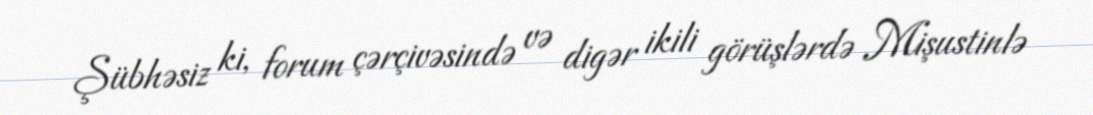
Şübhəsiz ki, forum çərçivəsində və digər ikili görüşlərdə Mişustinlə